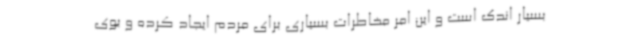
بسیار اندک است و این امر مخاطرات بسیاری برای مردم ایجاد کرده و بوی